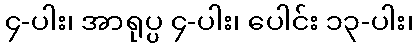
၄-ပါး၊ အာရုပ္ပ ၄-ပါး၊ ပေါင်း ၁၃-ပါး၊